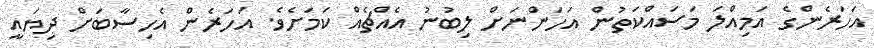
އަހަރެންގެ އަމިއްލަ މަސައްކަތުން އަހަންނަށް ލިބުނު އެއްޗެއް ކަމަށެވެ. އަހަރެން އެހިސާބަށް ދިޔައީ